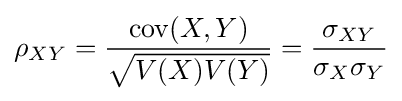
\rho _{XY}={\frac {\operatorname {cov} (X,Y)}{\sqrt {V(X)V(Y)}}}={\frac {\sigma _{XY}}{\sigma _{X}\sigma _{Y}}}